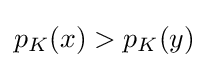
{\textstyle p_{K}(x)>p_{K}(y)}